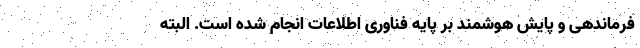
فرماندهی و پایش هوشمند بر پایه فناوری اطلاعات انجام شده است. البته